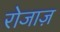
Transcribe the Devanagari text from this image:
रोजाज़